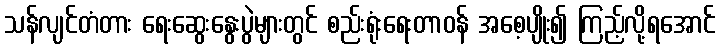
သန်လျင်တံတား ရေးဆွေးနွေးပွဲများတွင် စည်းရုံးရေးတာဝန် အစေ့ပျိုး၍ ကြည့်လို့ရအောင်